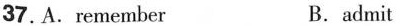
37.A. remember B. admit